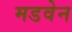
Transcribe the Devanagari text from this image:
मडवेन